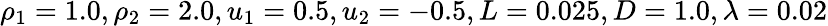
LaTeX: \rho_{1}=1.0,\rho_{2}=2.0,u_{1}=0.5,u_{2}=-0.5,L=0.025,D=1.0,\lambda=0.02